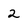
Character: 2